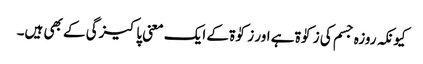
کیونکہ روزہ جسم کی زکوٰۃ ہے اور زکوٰۃ کے ایک معنی پاکیزگی کے بھی ہیں۔